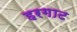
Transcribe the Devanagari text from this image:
हरगाट